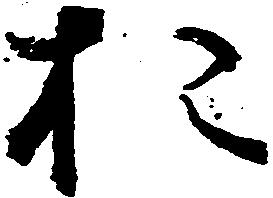
お